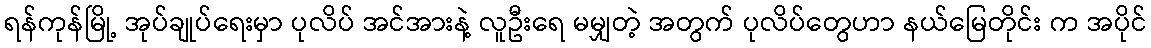
ရန်ကုန်မြို့ အုပ်ချုပ်ရေးမှာ ပုလိပ် အင်အားနဲ့ လူဦးရေ မမျှတဲ့ အတွက် ပုလိပ်တွေဟာ နယ်မြေတိုင်း က အပိုင်